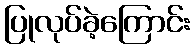
ပြုလုပ်ခဲ့ကြောင်း